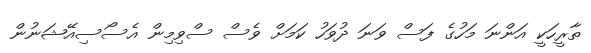
ތާރީހަކީ އަންނަ މަހުގެ ފަސް ވަނަ ދުވަހު ކަމަށް ވެސް ސްވިމިން އެސޯސިއޭޝަނުން